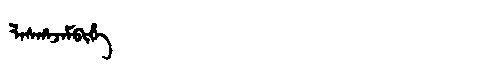
Manchu: ᠯᠠᠰᡥᠠᠵᠠᠮᠪᡳᡥᡝ
Romanization: LASHAJAMBIHE